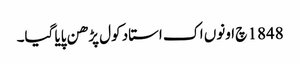
1848 چ اونوں اک استاد کول پڑھن پایا گیا۔